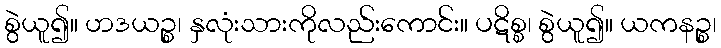
စွဲယူ၍။ ဟဒယဉ္စ၊ နှလုံးသားကိုလည်းကောင်း။ ပဋိစ္စ၊ စွဲယူ၍။ ယကနဉ္စ၊